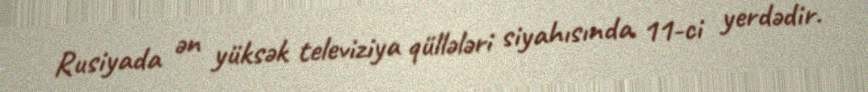
Rusiyada ən yüksək televiziya qüllələri siyahısında 11-ci yerdədir.